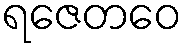
ရဇေတဝေ